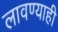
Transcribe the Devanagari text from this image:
लावण्याही